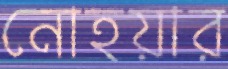
নোহয়ার